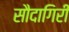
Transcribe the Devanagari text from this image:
सौदागिरी